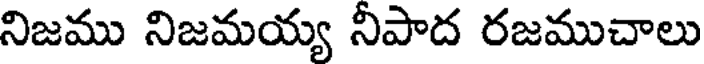
నిజము నిజమయ్య నీపాద రజముచాలు